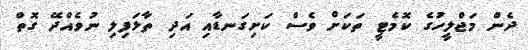
ދެން މަޖްލީހުގެ ކޮމެޓީ ތަކަށް ވެސް ކަށިގަނޑާއި އަދި ތާޅަފިލި ނުވެއްދޭ ގޮތް